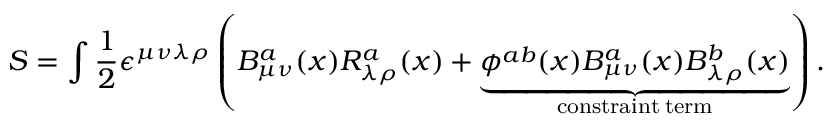
S = \int \frac { 1 } { 2 } \epsilon ^ { \mu \nu \lambda \rho } \left( B _ { \mu \nu } ^ { a } ( x ) R _ { \lambda \rho } ^ { a } ( x ) + \underbrace { \phi ^ { a b } ( x ) B _ { \mu \nu } ^ { a } ( x ) B _ { \lambda \rho } ^ { b } ( x ) } _ { \mathrm { c o n s t r a i n t \: t e r m } } \right) .